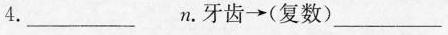
4.___n.牙齿→(复数)___